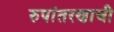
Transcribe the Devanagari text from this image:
रुपांतरणाची